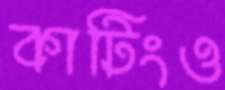
কাটিংও